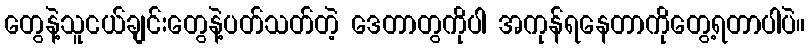
တွေနဲ့သူငယ်ချင်းတွေနဲ့ပတ်သတ်တဲ့ ဒေတာတွကိုပါ အကုန်ရနေတာကိုတွေ့ရတာပါပဲ။